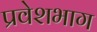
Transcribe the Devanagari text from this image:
प्रवेशभाग